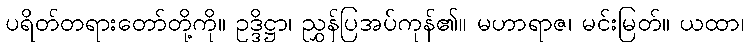
ပရိတ်တရားတော်တို့ကို။ ဥဒ္ဒိဋ္ဌာ၊ ညွှန်ပြအပ်ကုန်၏။ မဟာရာဇ၊ မင်းမြတ်။ ယထာ၊